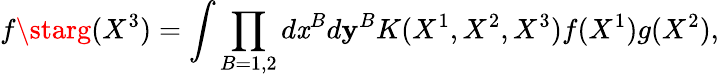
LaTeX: f\starg(X^{3})=\int\prod_{B=1,2}d\mathit{x}^{B}d\mathbf{y}^{B}K(X^{1},X^{2},X^{3})f(X^{1})g(X^{2}),